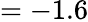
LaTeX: =-1.6